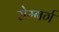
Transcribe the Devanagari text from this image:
रोम्बर्ग